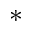
^ *